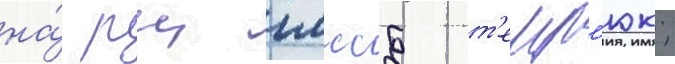
на́ рц гмссб т'емр'юк;